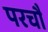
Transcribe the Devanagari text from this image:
परचौ